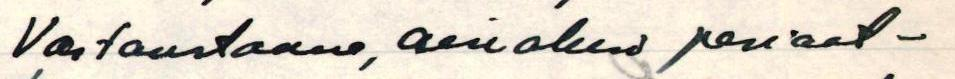
Vastaustanne, ainakin periaat-